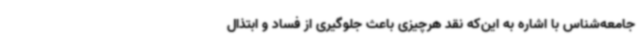
جامعه‌شناس با اشاره به این‌که نقد هرچیزی باعث جلوگیری از فساد و ابتذال